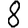
Digit: 8